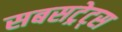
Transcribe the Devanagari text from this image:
सबसट्रेट्स